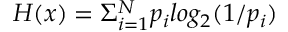
H ( x ) = \Sigma _ { i = 1 } ^ { N } p _ { i } l o g _ { 2 } ( 1 / p _ { i } )